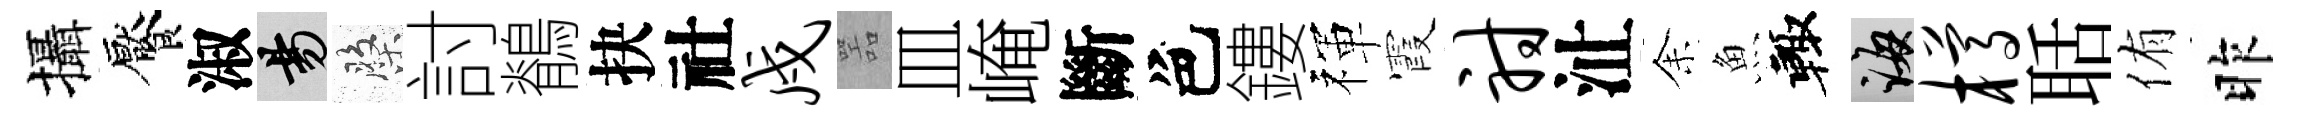
攝饜淑昜盤討鶺抉社戍噐皿崦斷色鏤禈霞射沚𪜬魚輙誨樽聒侑昨